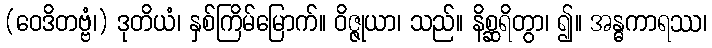
(ဝေဒိတဗ္ဗံ၊) ဒုတိယံ၊ နှစ်ကြိမ်မြောက်။ ဝိဇ္ဇုယာ၊ သည်။ နိစ္ဆရိတွာ၊ ၍။ အန္ဓကာရဿ၊